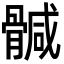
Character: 𩩴